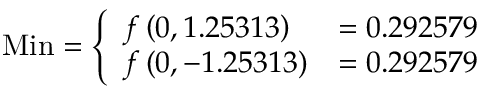
{ \mathrm { M i n } } = { \left\{ \begin{array} { l l } { f \left( 0 , 1 . 2 5 3 1 3 \right) } & { = 0 . 2 9 2 5 7 9 } \\ { f \left( 0 , - 1 . 2 5 3 1 3 \right) } & { = 0 . 2 9 2 5 7 9 } \end{array} \right. }